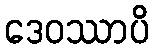
ဒေဝဿာပိ